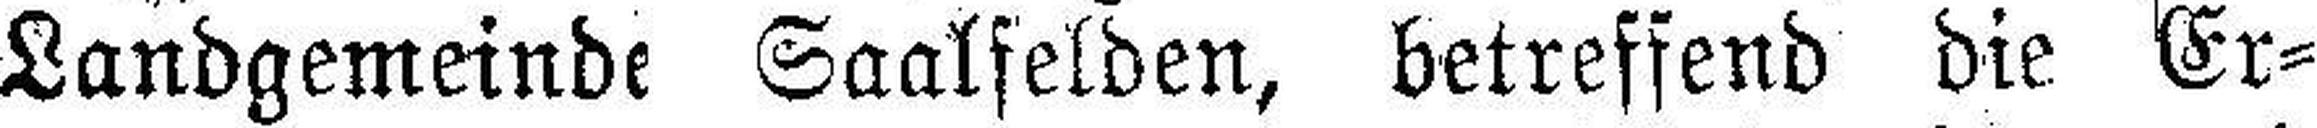
Landgemeinde Saalfelden, betreffend die Er¬